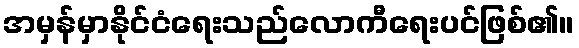
အမှန်မှာနိုင်ငံရေးသည်လောကီရေးပင်ဖြစ်၏။